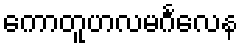
ကောတူဟလမင်္ဂလေန